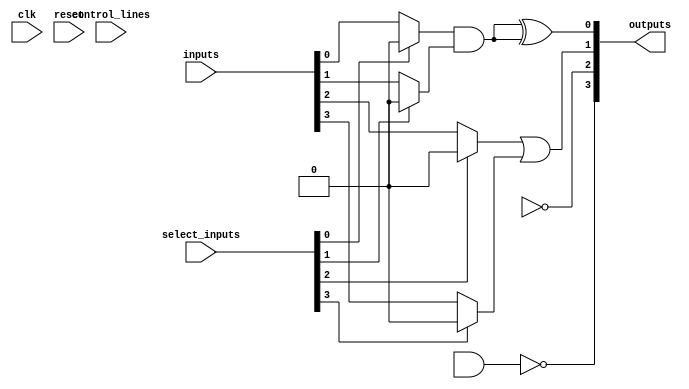
module combinational_logic_block (
    input wire [N-1:0] inputs,                // N input signals
    input wire [M-1:0] select_inputs,         // M select lines for multiplexers
    input wire [P-1:0] control_lines,          // Control lines for configuration
    output wire [O-1:0] outputs,               // O output signals
    input wire clk,                            // Clock signal for synchronous operations
    input wire reset                           // Reset signal
);

parameter N = 8;  // Number of inputs
parameter M = 4;  // Number of multiplexers
parameter P = 4;  // Number of control lines
parameter O = 4;  // Number of outputs

// Internal signals
wire [N-1:0] mux_outputs;                   // Outputs from multiplexers
wire [O-1:0] logic_outputs;                 // Outputs from logic gates
wire [O-1:0] feedback;                      // Feedback paths

// Input Multiplexers
genvar i;
generate
    for (i = 0; i < M; i = i + 1) begin : mux
        assign mux_outputs[i] = (select_inputs[i] == 0) ? inputs[i] : 1'b0; // Simple mux behavior
    end
endgenerate

// Logic Gates
assign logic_outputs[0] = mux_outputs[0] & mux_outputs[1]; // AND gate
assign logic_outputs[1] = mux_outputs[2] | mux_outputs[3]; // OR gate
assign logic_outputs[2] = ~mux_outputs[4];                  // NOT gate
assign logic_outputs[3] = ~(mux_outputs[5] & mux_outputs[6]); // NAND gate

// Feedback Paths (optional)
assign feedback[0] = logic_outputs[0]; // Feedback from AND gate
assign feedback[1] = logic_outputs[1]; // Feedback from OR gate

// Output Logic (combining logic outputs and feedback)
assign outputs[0] = logic_outputs[0] ^ feedback[0]; // XOR with feedback
assign outputs[1] = logic_outputs[1] | feedback[1]; // OR with feedback
assign outputs[2] = logic_outputs[2];                // Direct output
assign outputs[3] = logic_outputs[3];                // Direct output

// Control Logic (for dynamic configuration)
always @(posedge clk or posedge reset) begin
    if (reset) begin
        // Reset logic here
    end else begin
        // Control logic for dynamic configuration
        // This could involve enabling/disabling certain paths based on control_lines
    end
end

// Configuration Memory (simplified)
reg [N-1:0] config_memory; // Configuration memory to store settings

always @(posedge clk) begin
    // Load configuration from external source or set defaults
    // This is a placeholder for actual configuration loading logic
end

endmodule